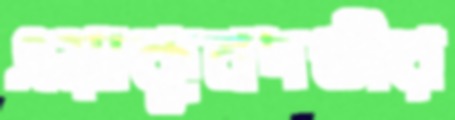
এয়াকুবদণ্ডীর